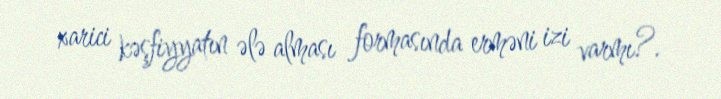
xarici kəşfiyyatın ələ alması formasında erməni izi varmı?.